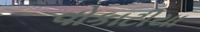
વોકાટીયા